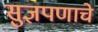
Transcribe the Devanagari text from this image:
सुज्ञपणाचे